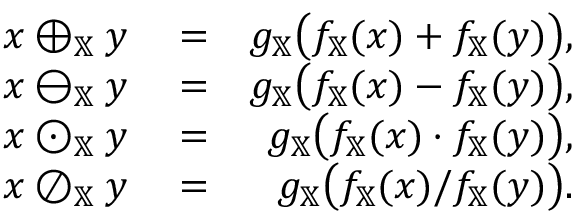
\begin{array} { r l r } { x \oplus _ { \mathbb { X } } y } & { { } = } & { g _ { \mathbb { X } } \big ( f _ { \mathbb { X } } ( x ) + f _ { \mathbb { X } } ( y ) \big ) , } \\ { x \ominus _ { \mathbb { X } } y } & { { } = } & { g _ { \mathbb { X } } \big ( f _ { \mathbb { X } } ( x ) - f _ { \mathbb { X } } ( y ) \big ) , } \\ { x \odot _ { \mathbb { X } } y } & { { } = } & { g _ { \mathbb { X } } \big ( f _ { \mathbb { X } } ( x ) \cdot f _ { \mathbb { X } } ( y ) \big ) , } \\ { x \oslash _ { \mathbb { X } } y } & { { } = } & { g _ { \mathbb { X } } \big ( f _ { \mathbb { X } } ( x ) / f _ { \mathbb { X } } ( y ) \big ) . } \end{array}